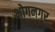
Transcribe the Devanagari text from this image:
भोगनगर